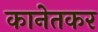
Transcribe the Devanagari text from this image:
कानेतकर